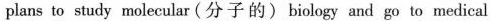
plans to study molecular (分子的) biology and go to medical